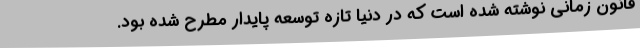
قانون زمانی نوشته شده است که در دنیا تازه توسعه پایدار مطرح شده بود.